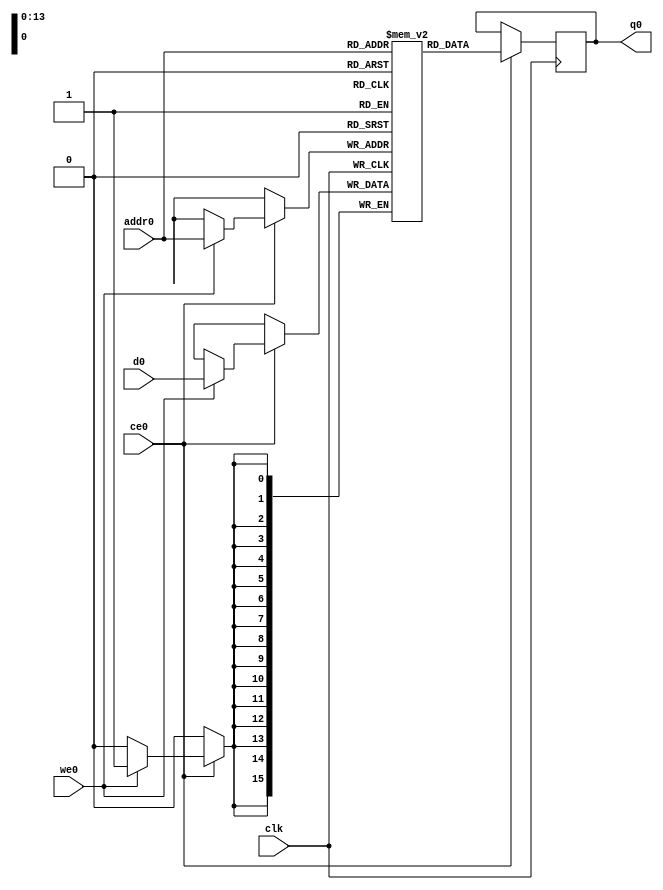
// ==============================================================
// Vitis HLS - High-Level Synthesis from C, C++ and OpenCL v2020.1 (64-bit)
// Copyright 1986-2020 Xilinx, Inc. All Rights Reserved.
// ==============================================================
`timescale 1 ns / 1 ps
module process_element_L1_output_fmap_V_ram (addr0, ce0, d0, we0, q0,  clk);

parameter DWIDTH = 16;
parameter AWIDTH = 14;
parameter MEM_SIZE = 14400;

input[AWIDTH-1:0] addr0;
input ce0;
input[DWIDTH-1:0] d0;
input we0;
output reg[DWIDTH-1:0] q0;
input clk;

(* ram_style = "block" *)reg [DWIDTH-1:0] ram[0:MEM_SIZE-1];




always @(posedge clk)  
begin 
    if (ce0) begin
        if (we0) 
            ram[addr0] <= d0; 
        q0 <= ram[addr0];
    end
end


endmodule

`timescale 1 ns / 1 ps
module process_element_L1_output_fmap_V(
    reset,
    clk,
    address0,
    ce0,
    we0,
    d0,
    q0);

parameter DataWidth = 32'd16;
parameter AddressRange = 32'd14400;
parameter AddressWidth = 32'd14;
input reset;
input clk;
input[AddressWidth - 1:0] address0;
input ce0;
input we0;
input[DataWidth - 1:0] d0;
output[DataWidth - 1:0] q0;



process_element_L1_output_fmap_V_ram process_element_L1_output_fmap_V_ram_U(
    .clk( clk ),
    .addr0( address0 ),
    .ce0( ce0 ),
    .we0( we0 ),
    .d0( d0 ),
    .q0( q0 ));

endmodule